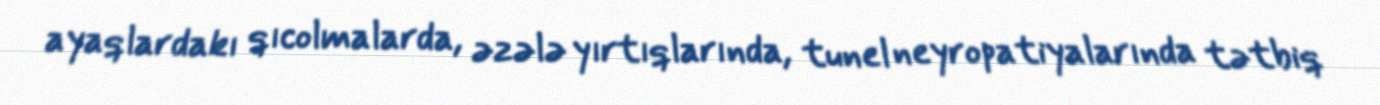
ayaqlardakı qıcolmalarda, əzələ yırtıqlarında, tunel neyropatiyalarında tətbiq